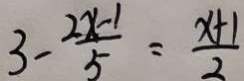
3 - \frac { 2 x - 1 } { 5 } = \frac { x + 1 } { 2 }